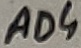
Text: AD4